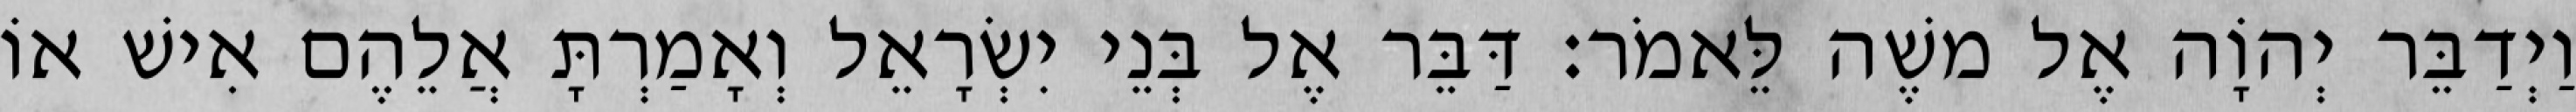
וַיְדַבֵּר יְהוָֹה אֶל משֶׁה לֵּאמֹר׃ דַּבֵּר אֶל בְּנֵי יִשְׂרָאֵל וְאָמַרְתָּ אֲלֵהֶם אִישׁ אוֹ